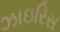
ઝાઇરિસ